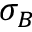
\sigma _ { B }